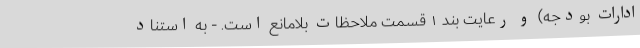
ادارات بودجه) و رعایت بند ۱ قسمت ملاحظات بلامانع است. - به استناد